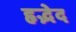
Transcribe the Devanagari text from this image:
हृद्भेद